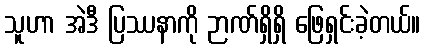
သူဟာ အဲဒီ ပြဿနာကို ဉာဏ်ရှိရှိ ဖြေရှင်းခဲ့တယ်။